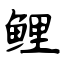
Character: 鲤